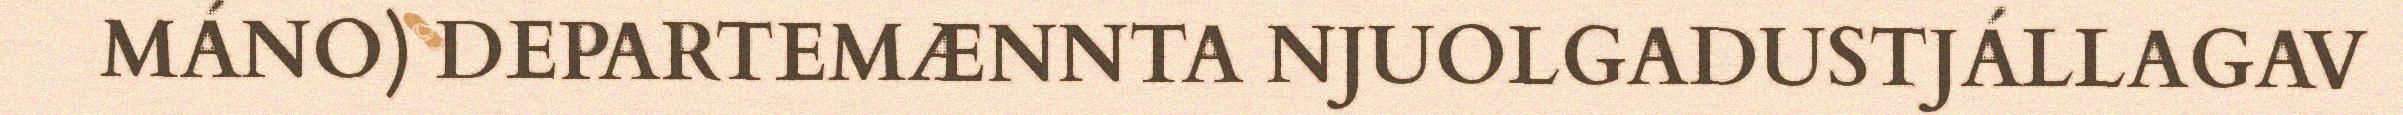
MÁNO) DEPARTEMÆNNTA NJUOLGADUSTJÁLLAGAV